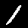
Digit: 1